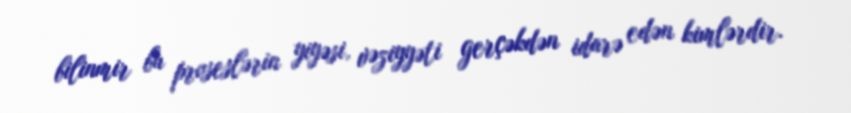
bilinmir bu proseslərin yiyəsi, vəziyyəti gerçəkdən idarə edən kimlərdir.